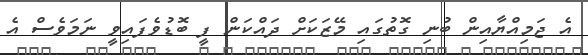
އެ ޖަމިއްޔާއިން ބުނި ގޮތުގައި މޭޒަކަށް ދައްކަން ފީ ބޮޑުވެފައިވީ ނަމަވެސް އެ